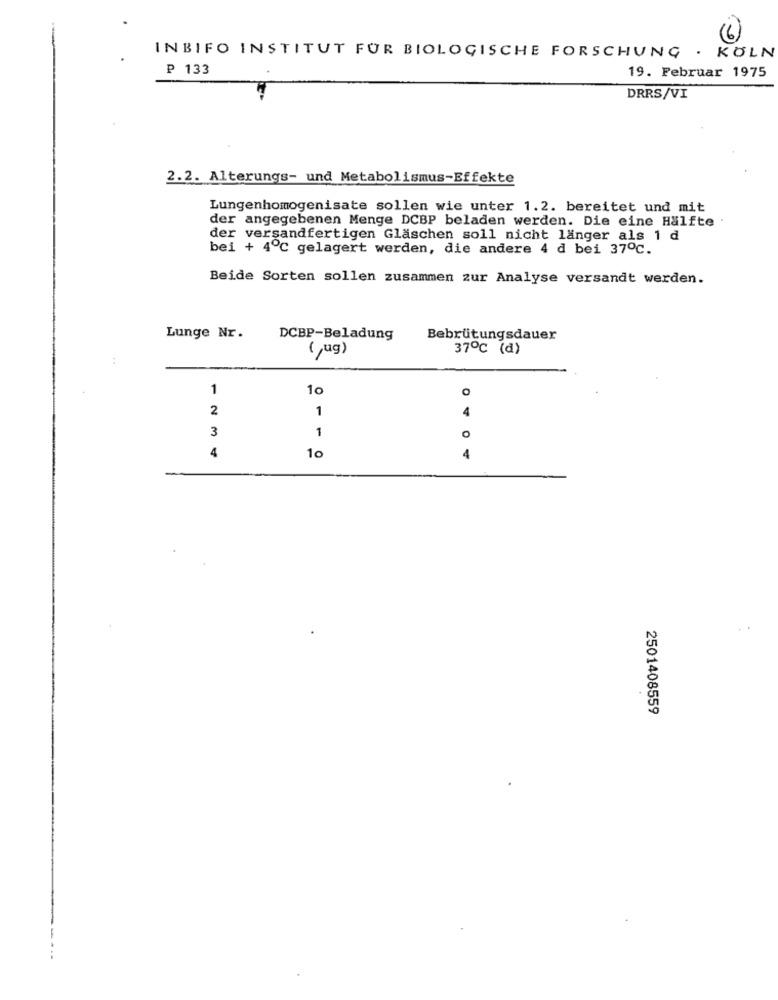
INBIFO INSTITUT FUR BIOLOGISCHE FORSCHUNG . KÖLN
₱ 133
19. Februar 1975
DRRS/VI
2.2. Alterungs- und Metabolismus-Effekte
Lungenhomogenisate sollen wie unter 1.2. bereitet und mit
der angegebenen Menge DCBP beladen werden. Die eine Hälfte .
der versandfertigen Gläschen soll nicht länger als 1 d
bei + 4℃ gelagert werden, die andere 4 d bei 37℃.
Beide Sorten sollen zusammen zur Analyse versandt werden.
Lunge Nr.
DCBP-Beladung
Bebrütungsdauer
(,ug)
37℃ (d)
:
1
10
2
1
3
1
4
10
0 4
2501408559